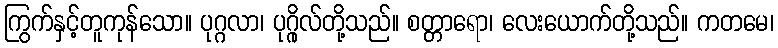
ကြွက်နှင့်တူကုန်သော။ ပုဂ္ဂလာ၊ ပုဂ္ဂိုလ်တို့သည်။ စတ္တာရော၊ လေးယောက်တို့သည်။ ကတမေ၊